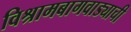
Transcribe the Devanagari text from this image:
विश्रामबागवाड्याची